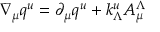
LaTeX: \nabla _ { \mu } q ^ { u } = \partial _ { \mu } q ^ { u } + k _ { \Lambda } ^ { u } A _ { \mu } ^ { \Lambda }